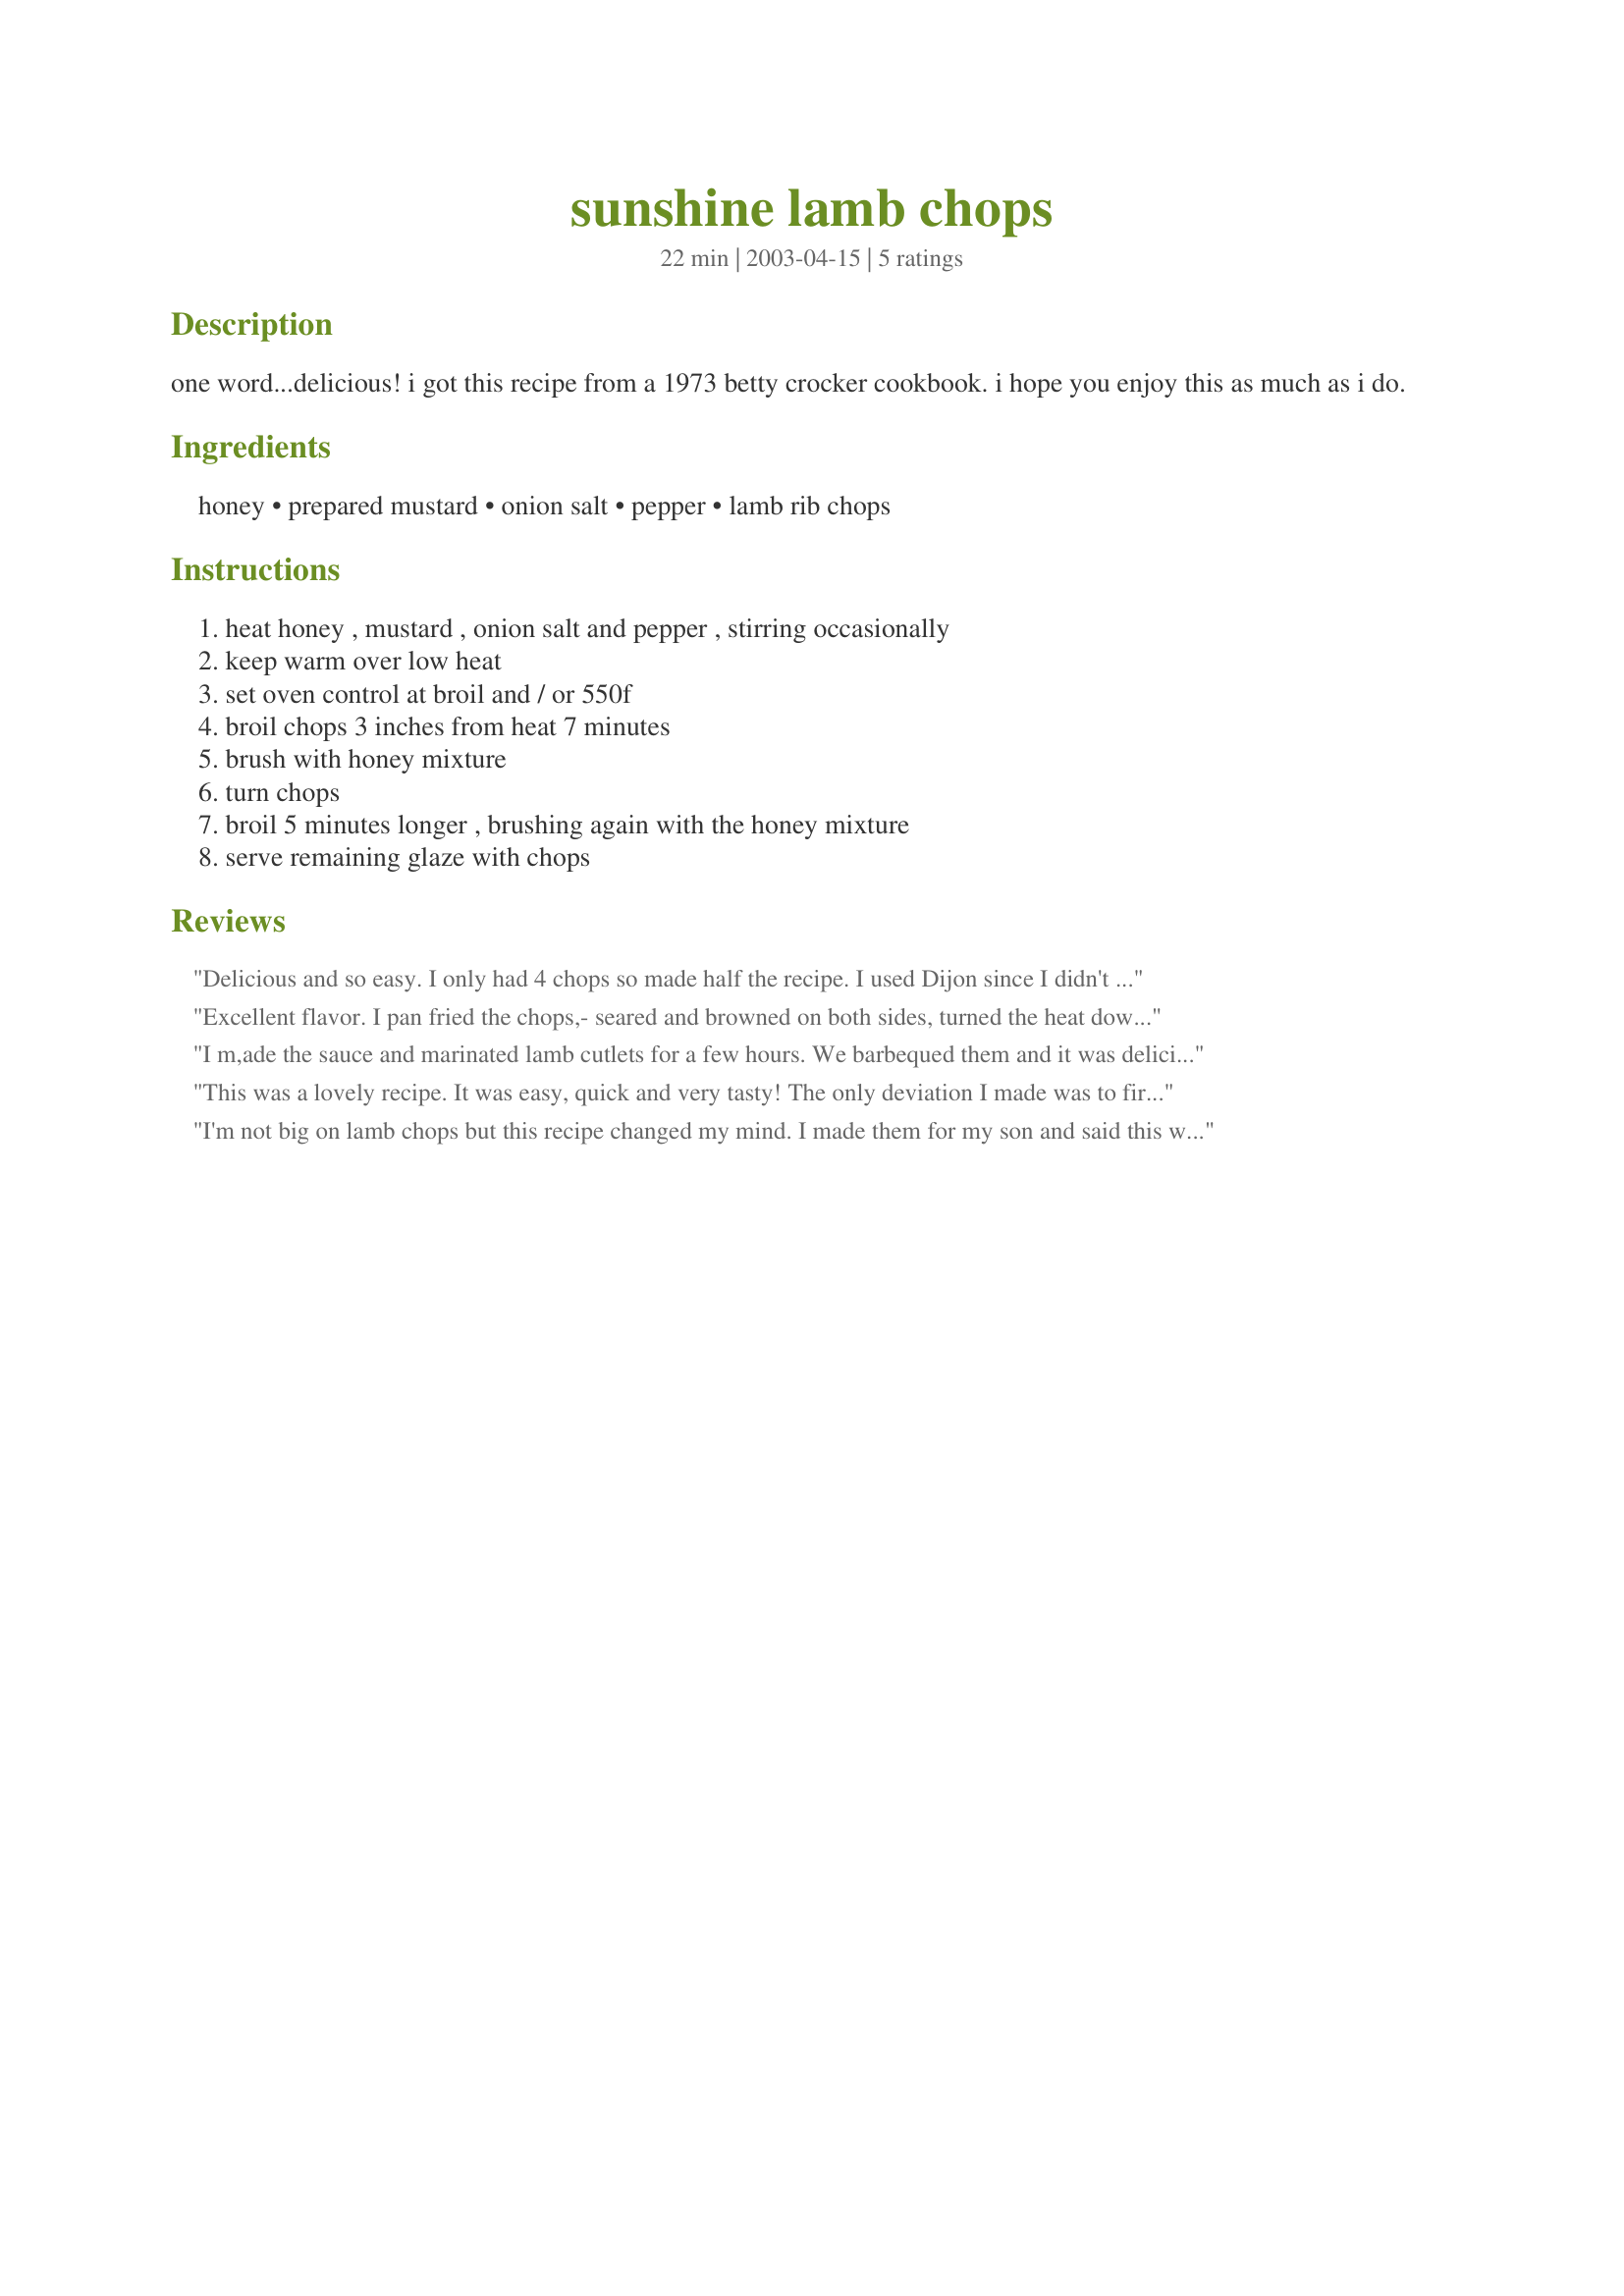
sunshine lamb chops
Preparation time: 22 minutes

one word...delicious! i got this recipe from a 1973 betty crocker cookbook. i hope you enjoy this as much as i do.

Ingredients:
honey, prepared mustard, onion salt, pepper, lamb rib chops

Steps:
heat honey , mustard , onion salt and pepper , stirring occasionally, keep warm over low heat, set oven control at broil and / or 550f, broil chops 3 inches from heat 7 minutes, brush with honey mixture, turn chops, broil 5 minutes longer , brushing again with the honey mixture, serve remaining glaze with chops

Reviews:
Delicious and so easy. I only had 4 chops so made half the recipe. I used Dijon since I didn't have enough yellow mustard and that made the glaze a little spicier. I would be interested in using this glaze on chicken or pork chops. Very tasty.
Excellent flavor. I pan fried the chops,- seared and browned on both sides, turned the heat down to low then painted one side with the glaze flipped the chop to let the glaze brown on the chop, flipped and painted the other side and allowed it to brown. The chops were small ones but they were still pink inside and bronzed on the outside. Keen thanks for posting this is one lambchop recipe that will be made again
I m,ade the sauce and marinated lamb cutlets for a few hours. We barbequed them and it was delicious!!! Everyone wanted more - I could have doubled the amount I made.
This was a lovely recipe. It was easy, quick and very tasty! The only deviation I made was to first season the chops with salt, pepper and garlic powder. Then I followed the recipe as stated. They turned out fantastic. Thank you keen5 for a super recipe.
I'm not big on lamb chops but this recipe changed my mind. I made them for my son and said this was the only way he'd them. Noe I'm using the same recipe on pork chops and it's just as good. The only difference is I leave the pork chops in the oven after broiling on both sides for 25 mins. at 200 degrees.
